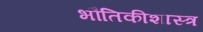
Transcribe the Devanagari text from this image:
भौतिकीशास्त्र